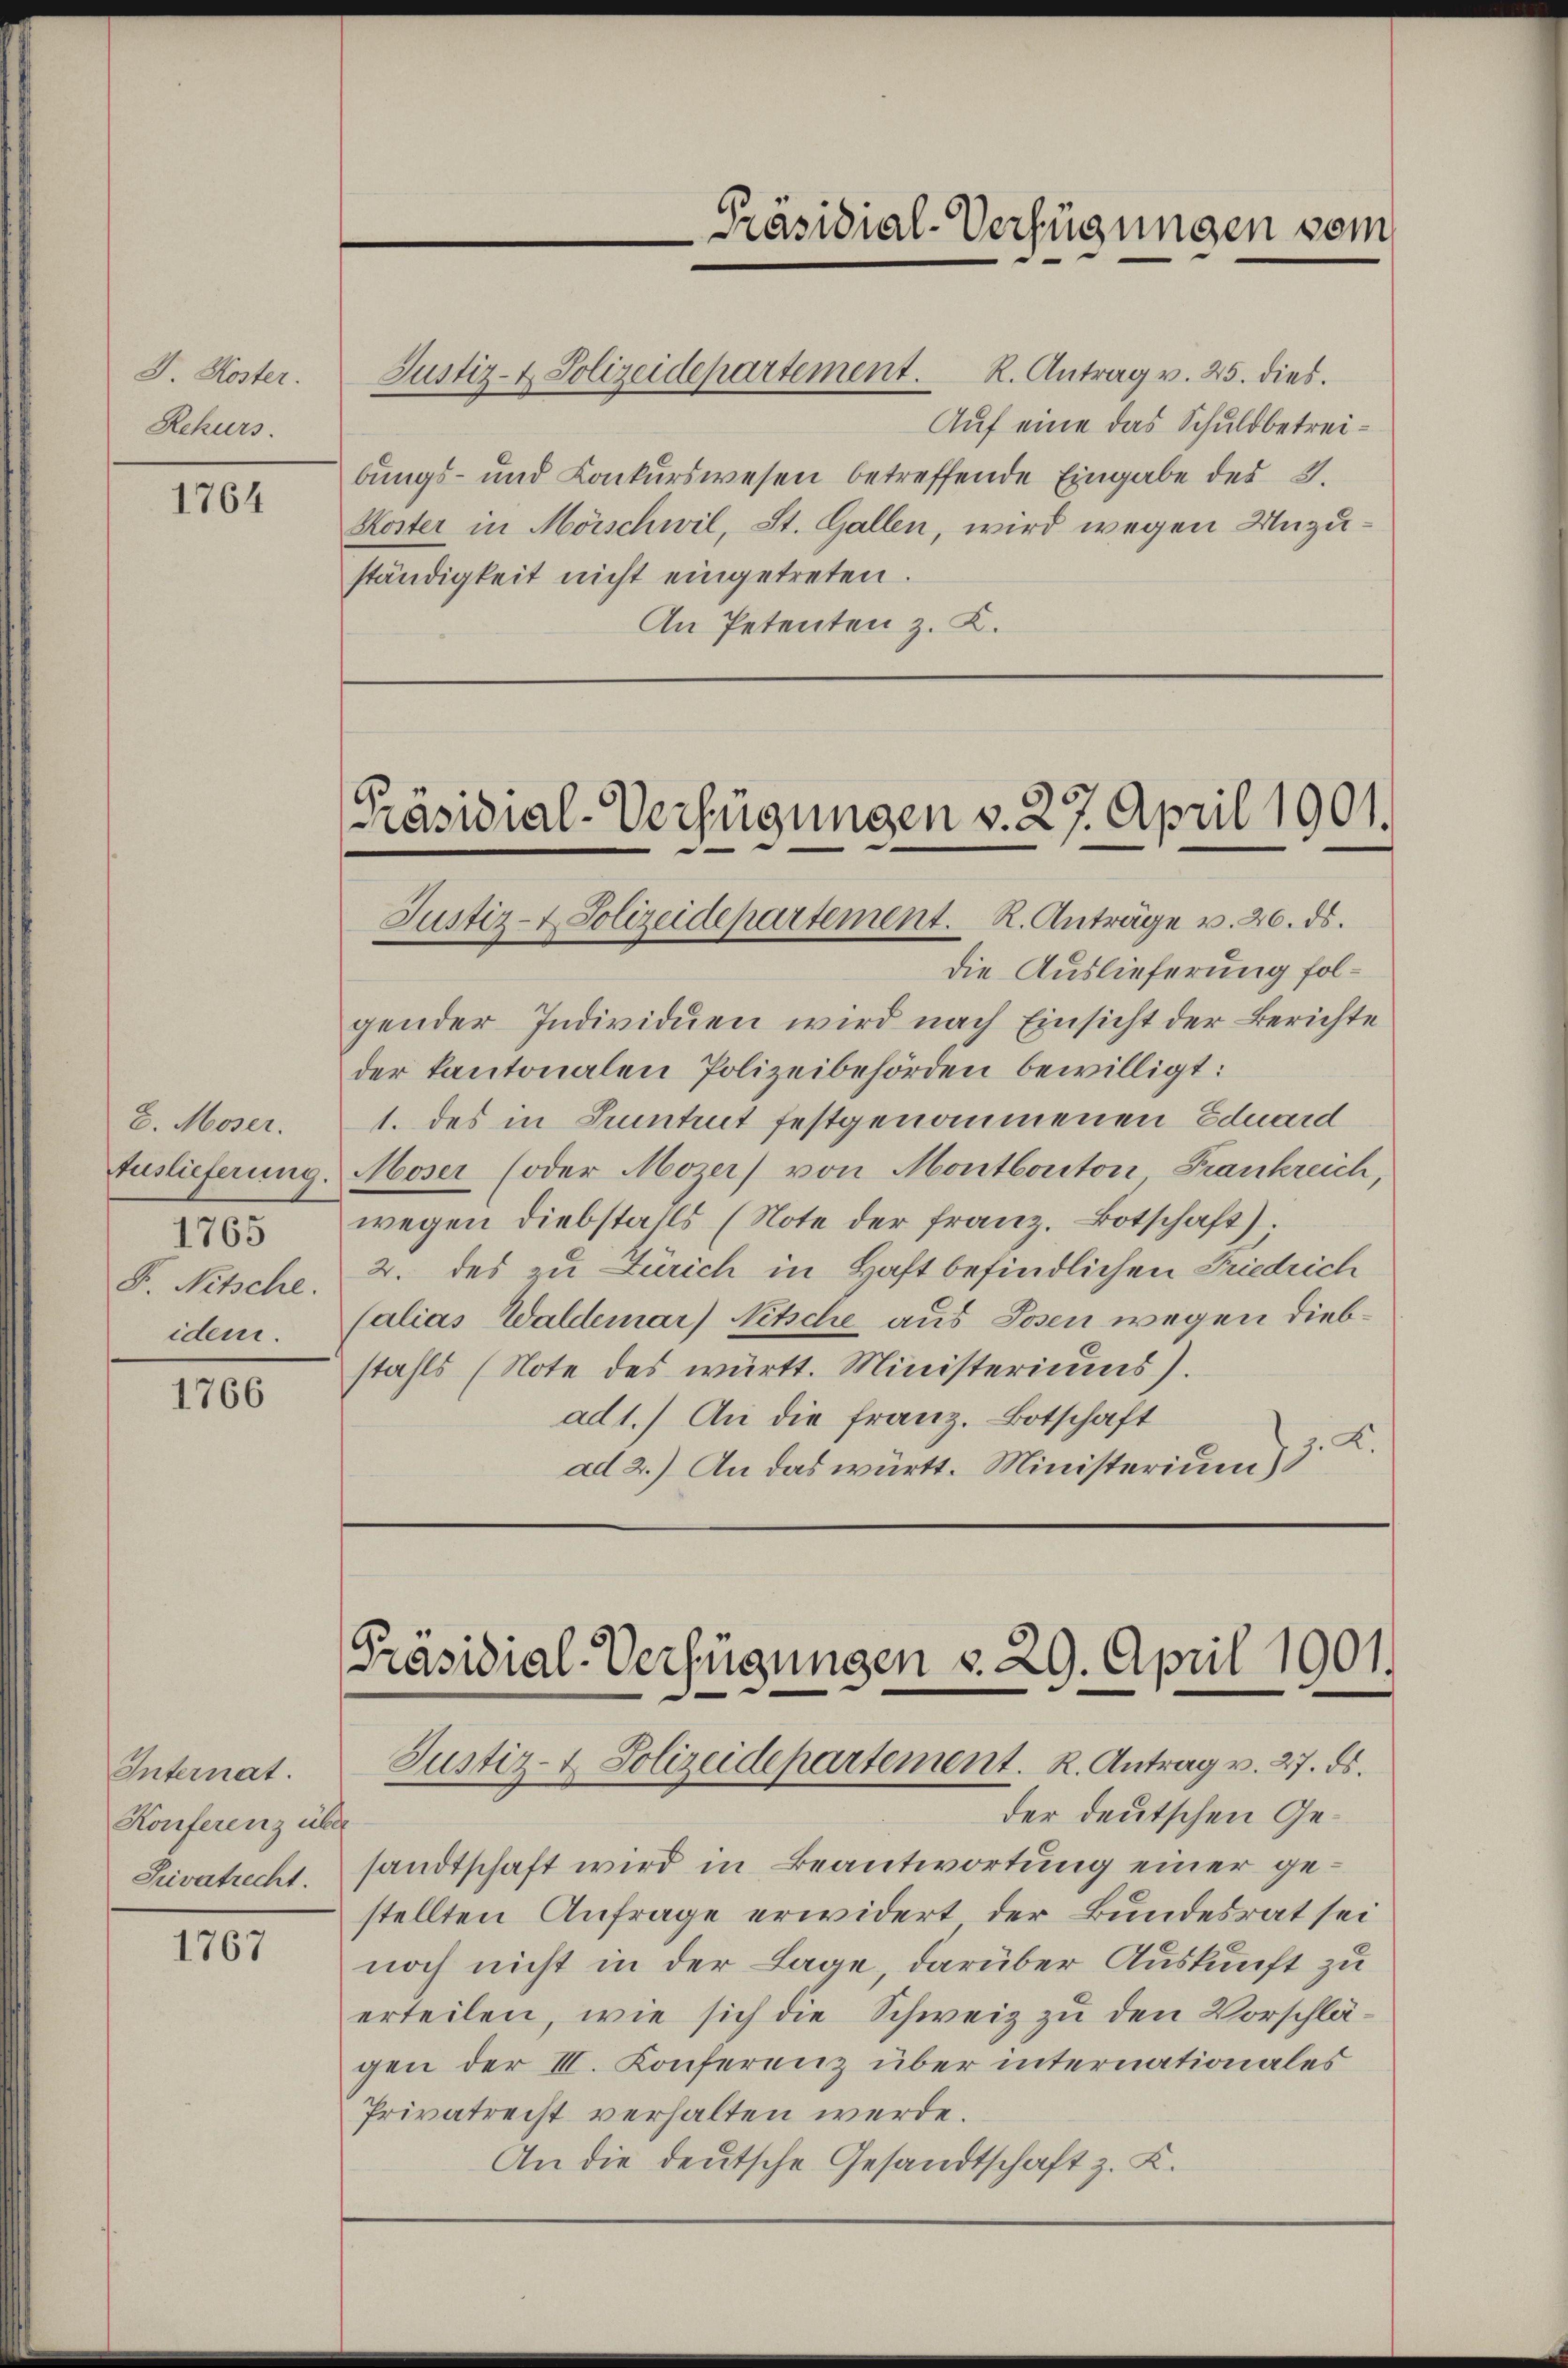
J. Koster.
Rekurs.

1764

E. Moser.
1765
F. Nitsche.
idem.

1766

Internat.
Konferenz über
Privatrecht.

1767

Auf eine das Schuldbetreibungs- und Conkurswesen betreffende Eingabe der 3.
Koster in Mörschwil, St. Gallen, wird wegen Unzuständigkeit nicht eingetreten.
An Petenten z. K.

die Auslieferung folgender Individuen wird nach Einsicht der Berichte
der kantonalen Polizeibehörden bewilligt:
1. des in Seitet festgenommenen Eduard
Auslieferung. Moser (oder Mozer) von Montbouton Frankreich,
wegen diebstahls (Note der franz. Botschaft);
2. des zu Zürich in Haft befindlichen Friedrich
Calias Waldemar) Nitsche aus Josen wegen Diebstahls (Note des württ. Ministeriums).
ad1.) An die Franz. Botschaft
K.
ad 2.) An das württ. Ministerium)

Präsidial-Verfügungen vom

Justiz- & Polizeidepartement. R. Antrag v. 25. dies.

Präsidial-Verfügungen v. 27. April 1901.
Justiz- & Polizeidepartement. R. Anträge v. 26. ds.

[Präsidial-Verfügungen v. 29. April 1901.
Justiz- & Polizeidepartement. R. Antrag v. 27. ds.

der deutschen Gesandtschaft wird in Beantwortung einer gestellten Anfrage erwidert der Bundesrat sei
noch nicht in der Lage, darüber Auskunft zu
erteilen, wie sich die Schweiz zu den Vorschlägen der III. Konferenz über internationales
Privatrecht verhalten werde.
An die deutsche Gesandtschaft z. K.